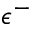
\epsilon ^ { - }